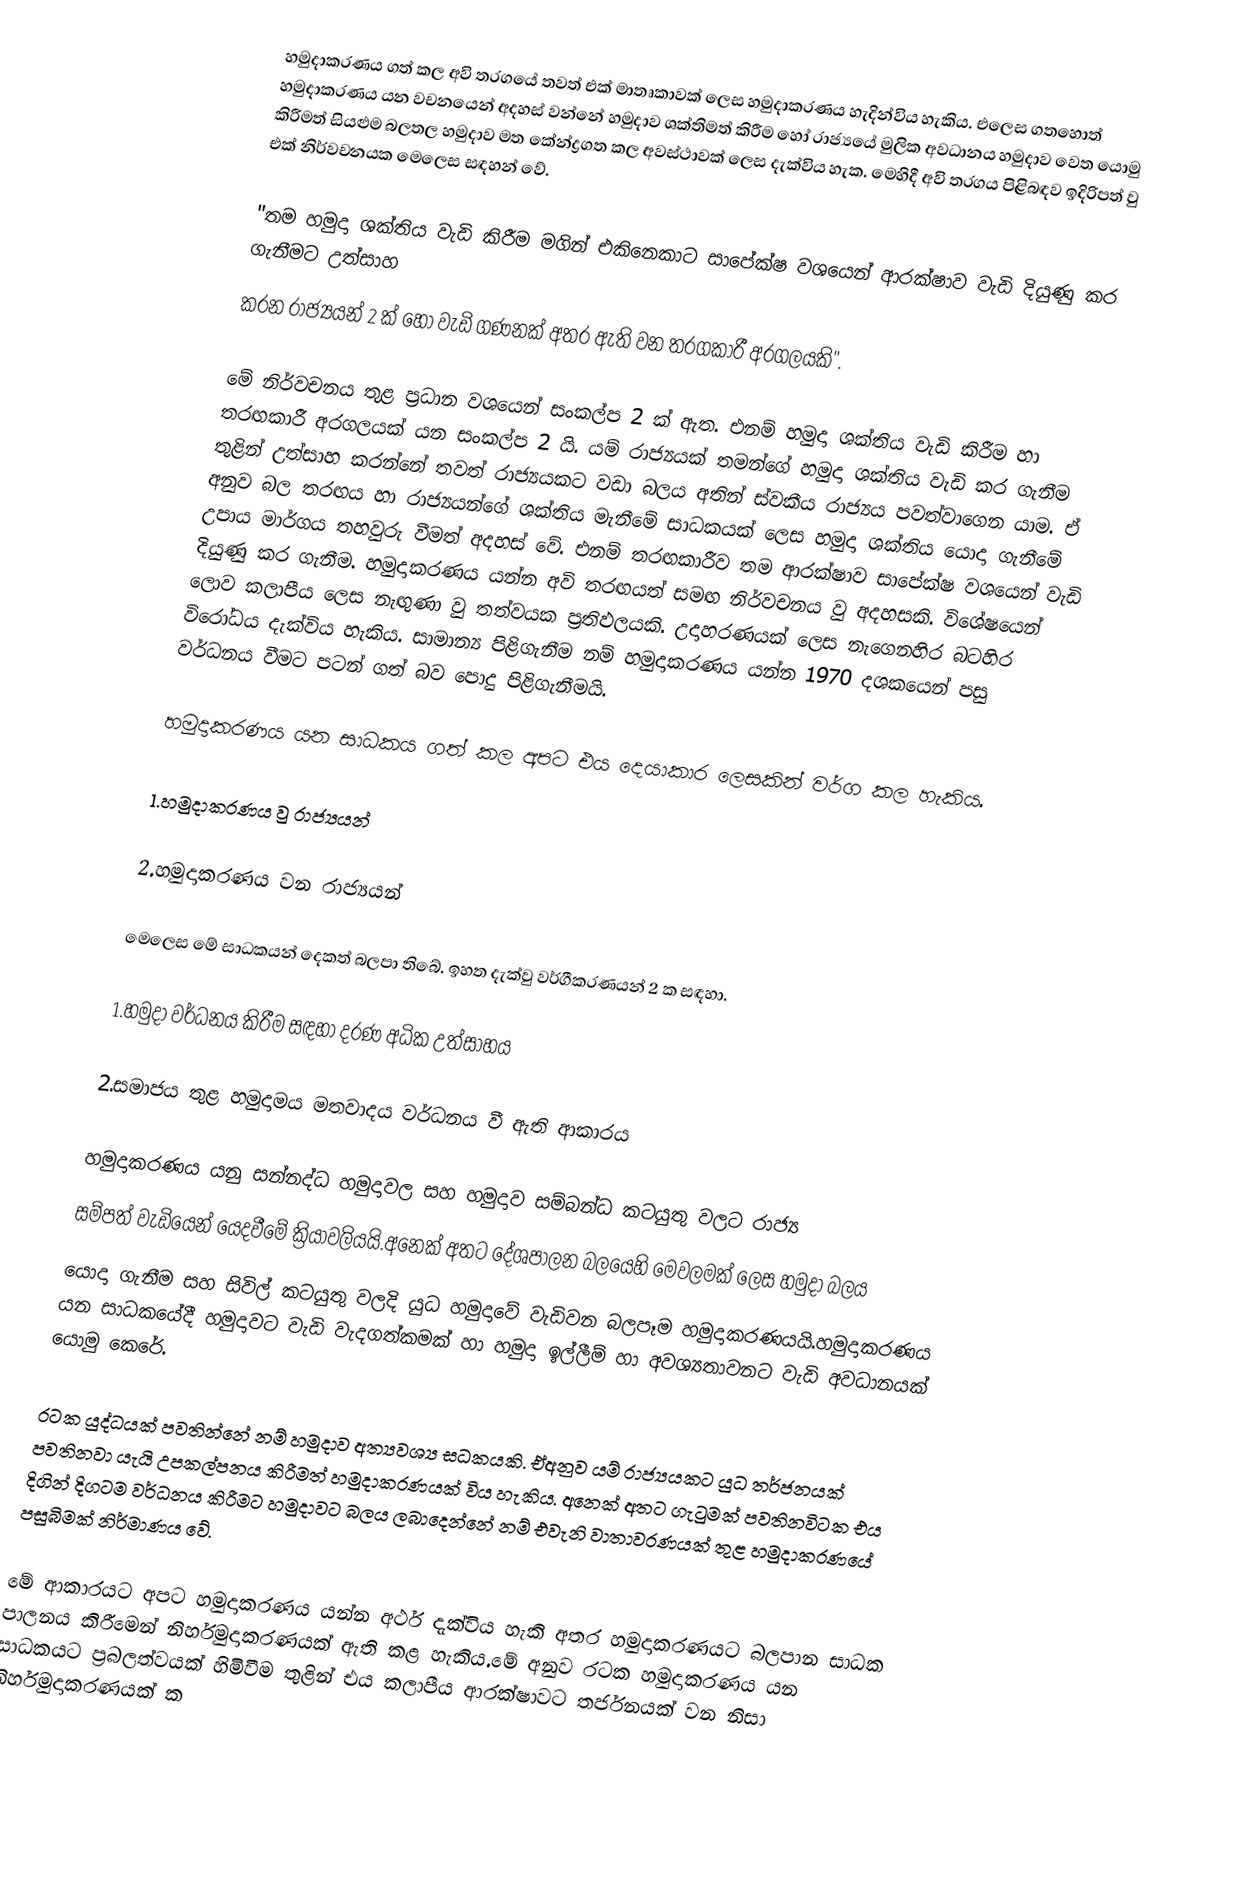
හමුදාකරණය ගත් කල අවි තරගයේ තවත් එක් මාතෘකාවක් ලෙස හමුදාකරණය හැදින්විය හැකිය. එලෙස ගතහොත් හමුදාකරණය යන වචනයෙන් අදහස් වන්නේ හමුදාව ශක්තිමත් කිරීම හෝ රාජ්‍යයේ මුලික අවධානය හමුදාව වෙත යොමු කිරීමත් සියළුම බලතල හමුදාව මත කේන්ද්‍රගත කල අවස්ථාවක් ලෙස දැක්විය හැක. මෙහිදී අවි තරගය පිළිබඳව ඉදිරිපත් වු එක් නිර්වචනයක මෙලෙස සඳහන් වේ.

	"තම හමුදා ශක්තිය වැඩි කිරීම මගින් එකිනෙකාට සාපේක්ෂ වශයෙන් ආරක්ෂාව වැඩි දියුණු කර ගැනීමට උත්සාහ
	කරන රාජ්‍යයන් 2 ක් හෝ වැඩි ගණනක් අතර ඇති වන තරගකාරී අරගලයකි".

		මේ නිර්වචනය තුළ ප්‍රධාන වශයෙන් සංකල්ප 2 ක් ඇත. එනම් හමුදා ශක්තිය වැඩි කිරීම හා තරඟකාරී අරගලයක් යන සංකල්ප 2 යි. යම් රාජ්‍යයක් තමන්ගේ හමුදා ශක්තිය වැඩි කර ගැනීම තුළින් උත්සාහ කරන්නේ තවත් රාජ්‍යයකට වඩා බලය අතින් ස්වකීය රාජ්‍යය පවත්වාගෙන යාම. ඒ අනුව බල තරඟය හා රාජ්‍යයන්ගේ ශක්තිය මැනීමේ සාධකයක් ලෙස හමුදා ශක්තිය යොදා ගැනීමේ උපාය මාර්ගය තහවුරු වීමත් අදහස් වේ. එනම් තරඟකාරීව තම ආරක්ෂාව සාපේක්ෂ වශයෙන් වැඩි දියුණු කර ගැනීම. හමුදාකරණය යන්න අවි තරඟයත් සමඟ නිර්වචනය වු අදහසකි. විශේෂයෙන් ලොව කලාපීය ලෙස නැඟුණා වු තත්වයක ප්‍රතිඵලයකි. උදාහරණයක් ලෙස නැගෙනහිර බටහිර විරෝධය දැක්විය හැකිය. සාමාන්‍ය පිළිගැනීම නම් හමුදාකරණය යන්න 1970 දශකයෙන් පසු වර්ධනය වීමට පටන් ගත් බව පොදු පිළිගැනීමයි.

		හමුදාකරණය යන සාධකය ගත් කල  අපට එය දෙයාකාර ලෙසකින් වර්ග කල හැකිය.

		1.හමුදාකරණය වු රාජ්‍යයන්

		2.හමුදාකරණය වන රාජ්‍යයන්

මෙලෙස මේ සාධකයන් දෙකත් බලපා තිබේ. ඉහත දැක්වු වර්ගීකරණයන් 2 ක සඳහා.

		1.හමුදා වර්ධනය කිරීම සඳහා දරණ අධික උත්සාහය

		2.සමාජය තුළ හමුදාමය මතවාදය වර්ධනය වී ඇති ආකාරය

		හමුදාකරණය යනු සන්නද්ධ හමුදාවල සහ හමුදාව සම්බන්ධ කටයුතු වලට රාජ්‍ය
සම්පත් වැඩියෙන් යෙදවීමේ ක්‍රියාවලියයි.අනෙක් අතට දේශපාලන බලයෙහි මෙවලමක් ලෙස හමුදා බලය
යොදා ගැනීම සහ සිවිල් කටයුතු වලදි යුධ හමුදාවේ වැඩිවන බලපෑම හමුදාකරණයයි.හමුදාකරණය යන සාධකයේදී හමුදාවට වැඩි වැදගත්කමක් හා හමුදා ඉල්ලීම් හා අවශ්‍යතාවනට වැඩි අවධානයක් යොමු කෙරේ.

	රටක යුද්ධයක් පවතින්නේ නම් හමුදාව අත්‍යවශ්‍ය සධකයකි.  ඒඅනුව යම් රාජ්‍යයකට යුධ තර්ජනයක් පවතිනවා යැයි උපකල්පනය කිරීමත් හමුදාකරණයක් විය හැකිය. අනෙක් අතට ගැටුමක් පවතිනවිටක එය දිගින් දිගටම වර්ධනය කිරීමට හමුදාවට බලය ලබාදෙන්නේ නම් එවැනි වාතාවරණයක් තුළ හමුදාකරණයේ පසුබිමක් නිර්මාණය වේ.

				මේ ආකාරයට අපට හමුදාකරණය යන්න අර්ථ දැක්විය හැකි අතර හමුදාකරණයට බලපාන සාධක පාලනය කිරීමෙන් නිර්හමුදාකරණයක් ඇති කළ හැකිය.මේ අනුව  රටක  හමුදාකරණය යන සාධකයට ප්‍රබලත්වයක්  හිමිවීම  තුළින් එය කලාපීය ආරක්ෂාවට තර්ජනයක් වන නිසා නිර්හමුදාකරණයක් ක